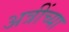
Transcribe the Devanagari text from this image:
अत्रींच्या